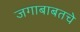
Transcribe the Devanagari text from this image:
जगाबाबतचे